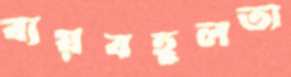
ব্যয়বহুলতা